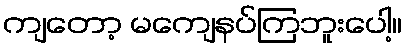
ကျတော့ မကျေနပ်ကြဘူးပေါ့။